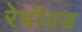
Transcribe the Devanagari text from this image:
रेबॉयड